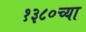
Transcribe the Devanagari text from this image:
१३८०च्या